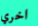
اخري